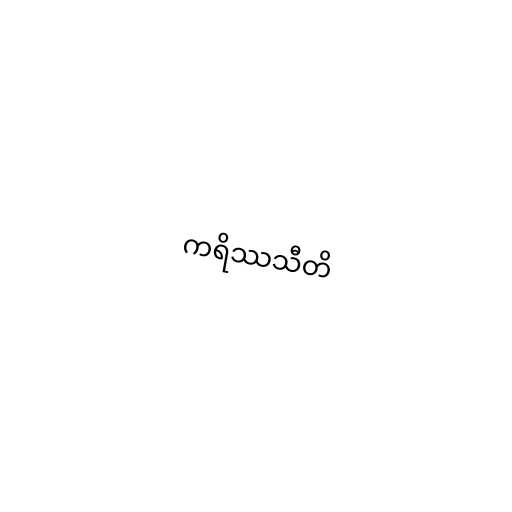
ကရိဿသီတိ